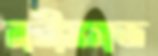
নারীসমাজ